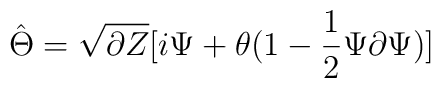
\hat{\Theta}=\sqrt{\partial Z}[i\Psi+\theta(1-\frac{1}{2}\Psi\partial\Psi)]